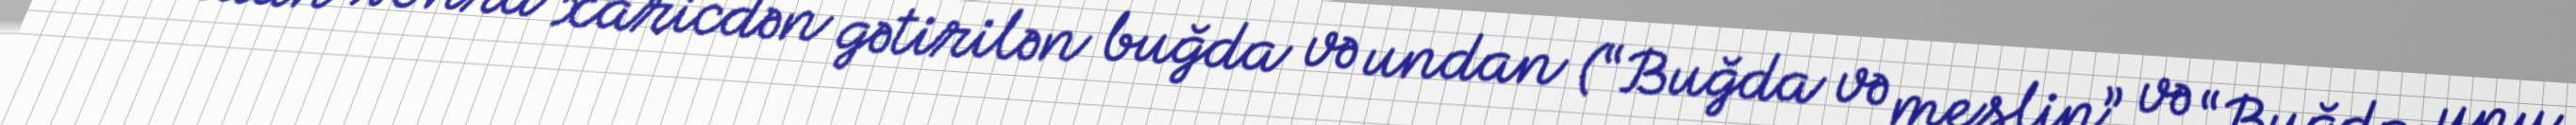
Bundan sonra xaricdən gətirilən buğda və undan (“Buğda və meslin” və “Buğda unu